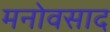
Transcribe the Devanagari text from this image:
मनोवसाद